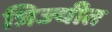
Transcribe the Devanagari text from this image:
त्रिज्यीत